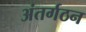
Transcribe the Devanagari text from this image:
अंतर्गठन